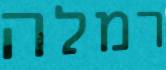
רמלה